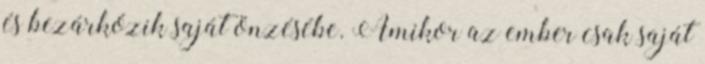
és bezárkózik saját önzésébe. Amikor az ember csak saját